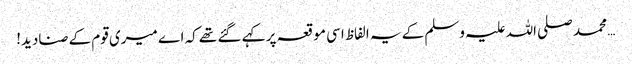
… محمد صلی اللہ علیہ وسلم کے یہ الفاظ اسی موقعہ پر کہے گئے تھے کہ اے میری قوم کے صنادید!